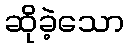
ဆိုခဲ့သော